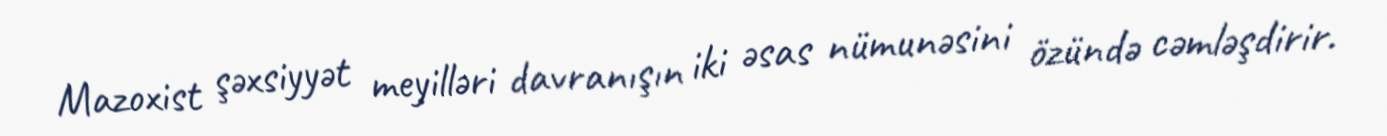
Mazoxist şəxsiyyət meyilləri davranışın iki əsas nümunəsini özündə cəmləşdirir.